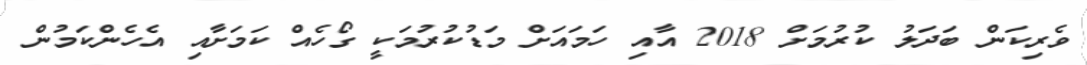
ވެރިކަން ބަދަލު ކުރުމަށް 2018 އާއި ހަމައަށް މަޑުކުރުމަކީ ގޯހެއް ކަމަށާއި އެހެންކަމުން